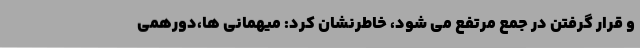
و قرار گرفتن در جمع مرتفع می شود، خاطرنشان کرد: میهمانی ها،دورهمی